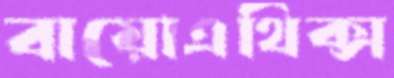
বায়োএথিক্স